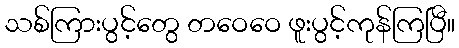
သစ်ကြားပွင့်တွေ တဝေဝေ ဖူးပွင့်ကုန်ကြပြီ။